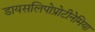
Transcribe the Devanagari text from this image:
डायसलिपोप्रोटीनेमिया